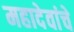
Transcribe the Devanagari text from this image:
महादेवांचे